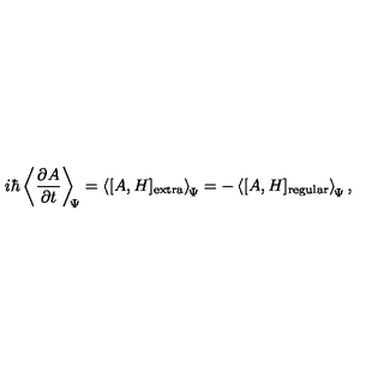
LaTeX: i \hbar \left\langle \frac { \partial A } { \partial t } \right\rangle _ { \scriptstyle \! \! \Psi } = \left\langle [ A , H ] _ { \mathrm { e x t r a } } \right\rangle _ { \scriptstyle \! \Psi } = - \left\langle [ A , H ] _ { \mathrm { r e g u l a r } } \right\rangle _ { \scriptstyle \! \Psi } ,